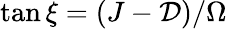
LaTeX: \tan\xi=(J-\mathcal{D})/\Omega